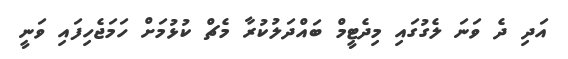
އަދި ދެ ވަނަ ލެގުގައި މިދެޓީމް ބައްދަލުކުރާ މެޗް ކުޅުމަށް ހަމަޖެހިފައި ވަނީ